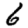
Digit: 6